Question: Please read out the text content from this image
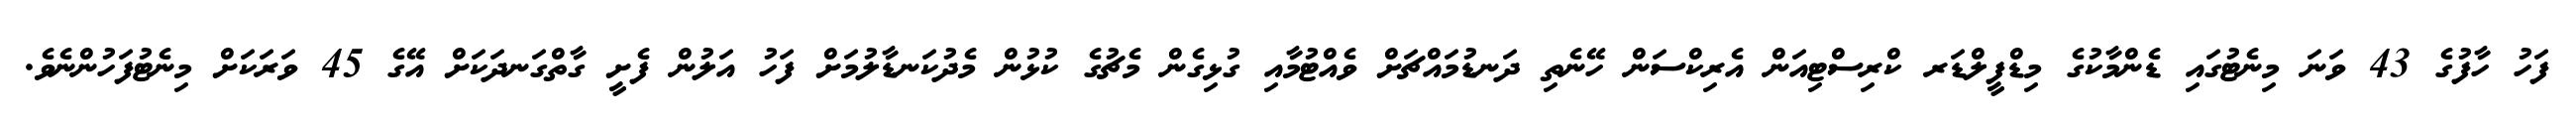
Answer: ފަހު ހާފުގެ 43 ވަނަ މިނެޓުގައި ޑެންމާކުގެ މިޑްފީލްޑަރ ކްރިސްޓިއަން އެރިކްސަން ހޭނެތި ދަނޑުމައްޗަށް ވެއްޓުމާއި ގުޅިގެން މެޗުގެ ކުޅުން މެދުކަނޑާލުމަށް ފަހު އަލުން ފެށީ ގާތްގަނދަކަށް އޭގެ 45 ވަރަކަށް މިނެޓުފަހުންނެވެ.